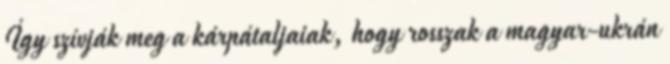
Így szívják meg a kárpátaljaiak, hogy rosszak a magyar-ukrán